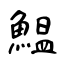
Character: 鰛